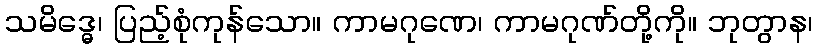
သမိဒ္ဓေ၊ ပြည့်စုံကုန်သော။ ကာမဂုဏေ၊ ကာမဂုဏ်တို့ကို။ ဘုတွာန၊